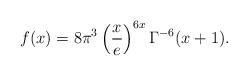
LaTeX: \begin{align*}f(x)=8 \pi^3\left(\frac xe\right)^{6x}\Gamma^{-6}(x+1).\end{align*}